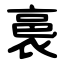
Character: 裛